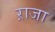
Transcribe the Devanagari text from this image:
ऱाजा